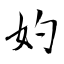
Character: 妁